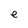
Character: e